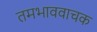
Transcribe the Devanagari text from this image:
तमभाववाचक